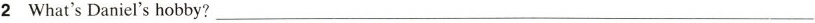
2 What's Daniel's hobby? ___